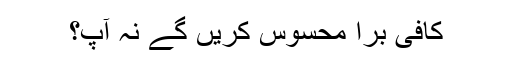
کافی برا محسوس کریں گے نہ آپ؟